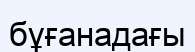
бұғанадағы